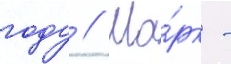
году // Ма́рк -